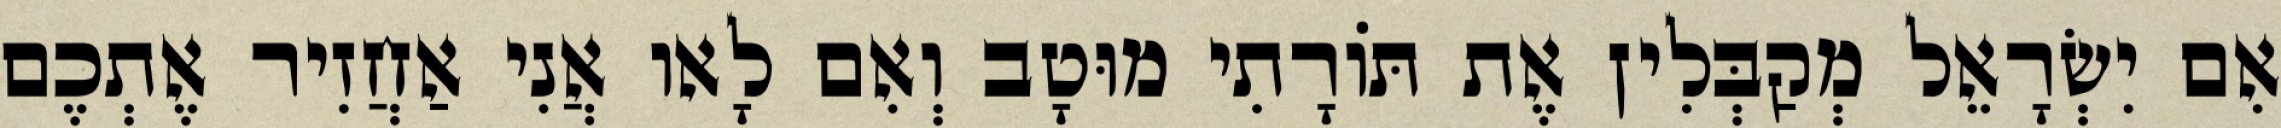
אִם יִשְׂרָאֵל מְקַבְּלִין אֶת תּוֹרָתִי מוּטָב וְאִם לָאו אֲנִי אַחֲזִיר אֶתְכֶם